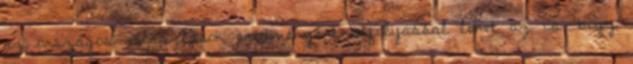
az országos választások eredményére befolyással lehet az is, hogy